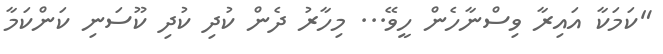
"ކަމަކާ އައިރާ ވިސްނާހެން ހީވޭ... މިހާރު ދެން ކުދި ކުދި ކޫސަނި ކަންކަމާ